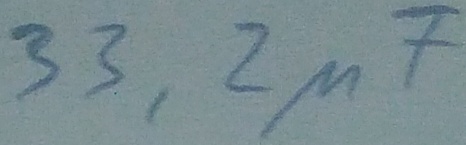
Text: 33,2µF